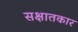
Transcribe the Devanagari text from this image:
सक्षातकार